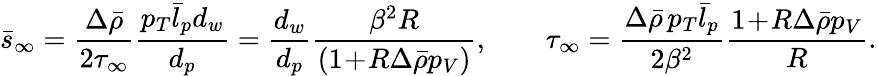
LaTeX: \bar{s}_{\infty}=\frac{\Delta\bar{\rho}}{2\tau_{\infty}}\frac{p_{T}\bar{l}_{p}d_{w}}{d_{p}}=\frac{d_{w}}{d_{p}}\frac{\beta^{2}R}{(1\! +\! R\Delta\bar{\rho}p_{V})},\qquad\tau_{\infty}=\frac{\Delta\bar{\rho}\, p_{T}\bar{l}_{p}}{2\beta^{2}}\frac{1\! +\! R\Delta\bar{\rho}p_{V}}{R}.